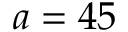
a = 4 5